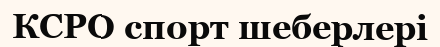
КСРО спорт шеберлері